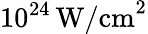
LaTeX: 10^{24}\, \mathrm{W/cm}^{2}